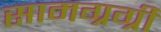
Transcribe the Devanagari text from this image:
सामग्रग्री